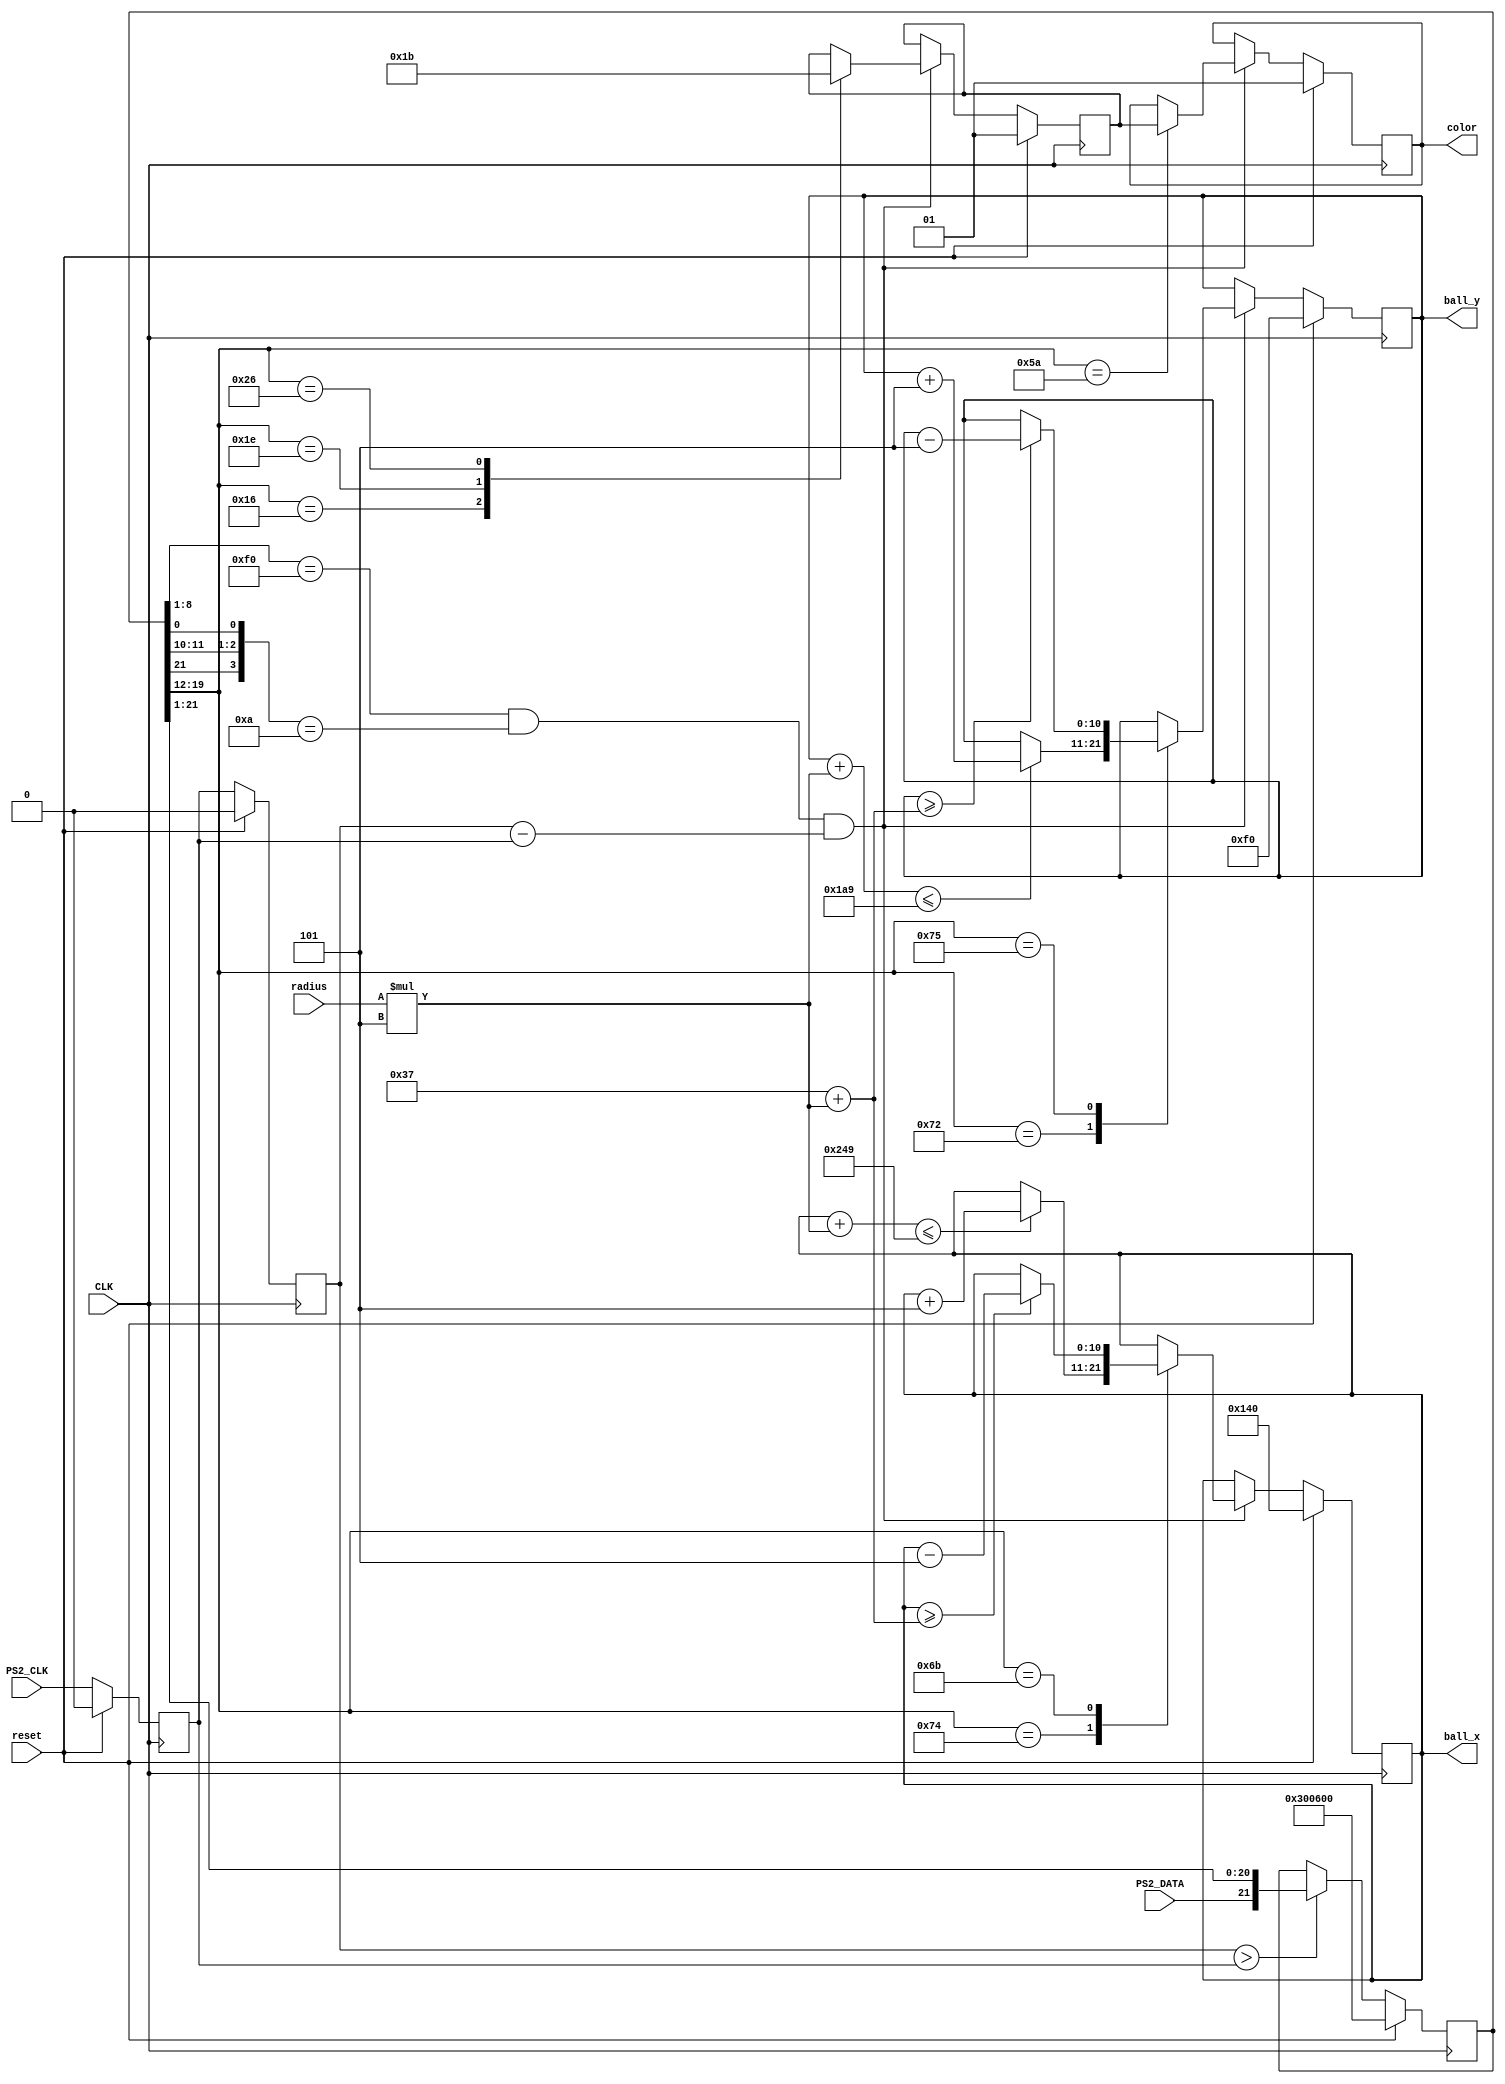
`timescale 1ns / 1ps
//////////////////////////////////////////////////////////////////////////////////
// Company:
// Engineer:
//
// Design Name:
// Module Name:    PS2_Control
// Project Name:
// Target Devices:
// Tool versions:
// Description:
//
// Dependencies:
//
// Revision:
// Revision 0.01 - File Created
// Additional Comments:
//
//////////////////////////////////////////////////////////////////////////////////
module PS2_Control(
  input CLK,
  input PS2_CLK,
  input PS2_DATA,
  input reset,
  input [2:0] radius,
  output reg [1:0] color,
  output reg [10:0] ball_x,
  output reg [10:0] ball_y
);

reg KCLK_P, KCLK_C;
reg [21:0] ARRAY;
reg [10:0] ball_x_w;
reg [10:0] ball_y_w;
reg  [1:0] color_w;
reg  [1:0] color_t;
reg  [1:0] color_t_w;
wire       enable;

assign enable = KCLK_P - KCLK_C;

always @ (posedge CLK) begin
	if(reset) begin
		KCLK_P <= 0;
		KCLK_C <= 0;
    ARRAY  <= 22'b11_0000_0000_0_11_0000_0000_0;
  end else begin
		KCLK_P <= KCLK_C;
		KCLK_C <= PS2_CLK;
    ARRAY  <= ARRAY;
    if(KCLK_P > KCLK_C) begin
			//		read data
      ARRAY <= {PS2_DATA, ARRAY[21:1]};
    end
  end
end

always @(posedge CLK) begin
  if(reset) begin
    ball_x <= 320;
    ball_y <= 240;
  end else begin
    ball_x <= ball_x_w;
    ball_y <= ball_y_w;
  end
end

always @(ARRAY or ball_y or ball_x or radius) begin
  ball_y_w = ball_y;
  ball_x_w = ball_x;
  if (ARRAY[8:1] == 8'hF0 && {ARRAY[21], ARRAY[11:10], ARRAY[0]} == 4'b1010 && enable) begin
    case(ARRAY[19:12])
      8'h72:
      begin
        if ((ball_y + radius * 5) <= 11'd425)
          ball_y_w = ball_y + 11'd5;
      end
      8'h74:
      begin
        if ((ball_x + radius * 5) <= 11'd585)
          ball_x_w = ball_x + 11'd5;
      end
      8'h6B:
      begin
        if (ball_x >= 11'd55 + radius * 5)
          ball_x_w = ball_x - 11'd5;
      end
      8'h75:
      begin
        if (ball_y >= 11'd55 + radius * 5)
          ball_y_w = ball_y - 11'd5;
      end
    endcase
  end
end

always @(posedge CLK) begin
  if (reset) begin
    color   <= 2'd1;
    color_t <= 2'd1;
  end else begin
    color   <= color_w;
    color_t <= color_t_w;
  end
end

always @(ARRAY or color_t or color) begin
  color_t_w = color_t;
  color_w   = color;
  if (ARRAY[8:1] == 8'hF0 && {ARRAY[21], ARRAY[11:10], ARRAY[0]} == 4'b1010 && enable) begin
    case(ARRAY[19:12])
      8'h16: color_t_w = 2'd1;
      8'h1E: color_t_w = 2'd2;
      8'h26: color_t_w = 2'd3;
      8'h5A: color_w   = color_t;
    endcase
  end
end

endmodule